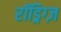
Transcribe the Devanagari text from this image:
रॉड्रिग्ज़